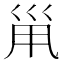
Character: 𡿳